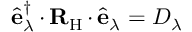
\hat { \mathbf { e } } _ { \lambda } ^ { \dagger } \, { \boldsymbol { \cdot } } \, { \mathbf { R } } _ { \mathrm { H } } \, { \boldsymbol { \cdot } } \, \hat { \mathbf { e } } _ { \lambda } = D _ { \lambda }